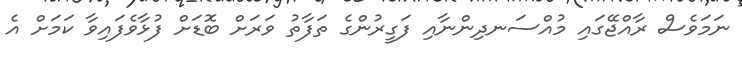
ނަމަވެސް ރާއްޖޭގައި މުއްސަނދިންނާއި ފަގީރުންގެ ތަފާތު ވަރަށް ބޮޑަށް ފުޅާވެފައިވާ ކަމަށް އެ